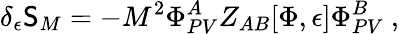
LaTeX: \delta_{\epsilon}\mathsf{S}_{M}=-M^{2}\Phi_{PV}^{A}Z_{AB}[\Phi,\epsilon]\Phi_{PV}^{B}\ ,